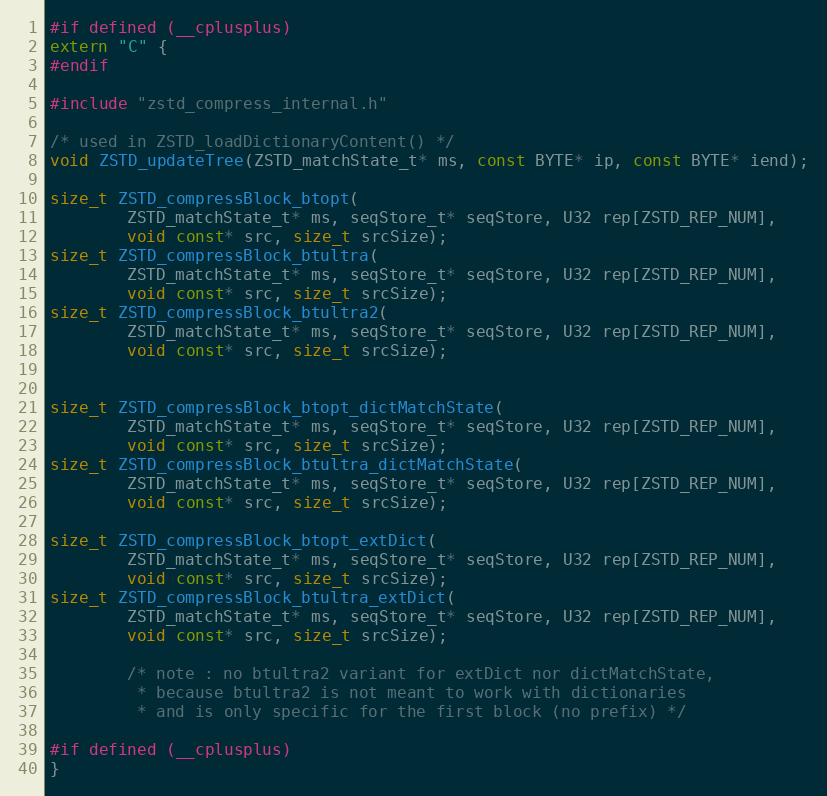
Language: C
#if defined (__cplusplus)
extern "C" {
#endif

#include "zstd_compress_internal.h"

/* used in ZSTD_loadDictionaryContent() */
void ZSTD_updateTree(ZSTD_matchState_t* ms, const BYTE* ip, const BYTE* iend);

size_t ZSTD_compressBlock_btopt(
        ZSTD_matchState_t* ms, seqStore_t* seqStore, U32 rep[ZSTD_REP_NUM],
        void const* src, size_t srcSize);
size_t ZSTD_compressBlock_btultra(
        ZSTD_matchState_t* ms, seqStore_t* seqStore, U32 rep[ZSTD_REP_NUM],
        void const* src, size_t srcSize);
size_t ZSTD_compressBlock_btultra2(
        ZSTD_matchState_t* ms, seqStore_t* seqStore, U32 rep[ZSTD_REP_NUM],
        void const* src, size_t srcSize);

size_t ZSTD_compressBlock_btopt_dictMatchState(
        ZSTD_matchState_t* ms, seqStore_t* seqStore, U32 rep[ZSTD_REP_NUM],
        void const* src, size_t srcSize);
size_t ZSTD_compressBlock_btultra_dictMatchState(
        ZSTD_matchState_t* ms, seqStore_t* seqStore, U32 rep[ZSTD_REP_NUM],
        void const* src, size_t srcSize);

size_t ZSTD_compressBlock_btopt_extDict(
        ZSTD_matchState_t* ms, seqStore_t* seqStore, U32 rep[ZSTD_REP_NUM],
        void const* src, size_t srcSize);
size_t ZSTD_compressBlock_btultra_extDict(
        ZSTD_matchState_t* ms, seqStore_t* seqStore, U32 rep[ZSTD_REP_NUM],
        void const* src, size_t srcSize);

        /* note : no btultra2 variant for extDict nor dictMatchState,
         * because btultra2 is not meant to work with dictionaries
         * and is only specific for the first block (no prefix) */

#if defined (__cplusplus)
}